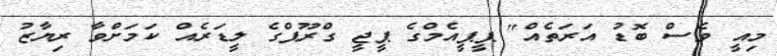
މިއީ ވެސް ބޮޑު އަރަތެއް" ޕީޕީއެމްގެ ޕީޖީ ގްރޫޕްގެ ލީޑަރެއް ކަމަށްވާ ރިޔާޒު